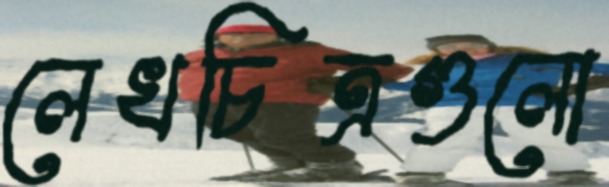
লেখচিত্রগুলো